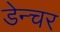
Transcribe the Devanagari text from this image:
डेन्चर